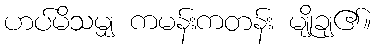
ဟပ်မိသမျှ ကမန်းကတန်း မျိုချ၏။